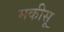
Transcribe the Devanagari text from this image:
मकीसू